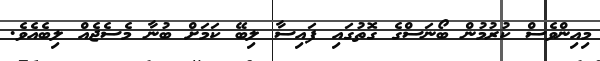
މިއިންވެސް ކުރުމުން ބޯނަސްގެ ގޮތުގައި ފައިސާ ލިބޭ ކަމަށް ބުނާ މެސެޖެއް ލިބެއެވެ.